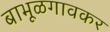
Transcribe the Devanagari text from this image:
बाभूळगावकर